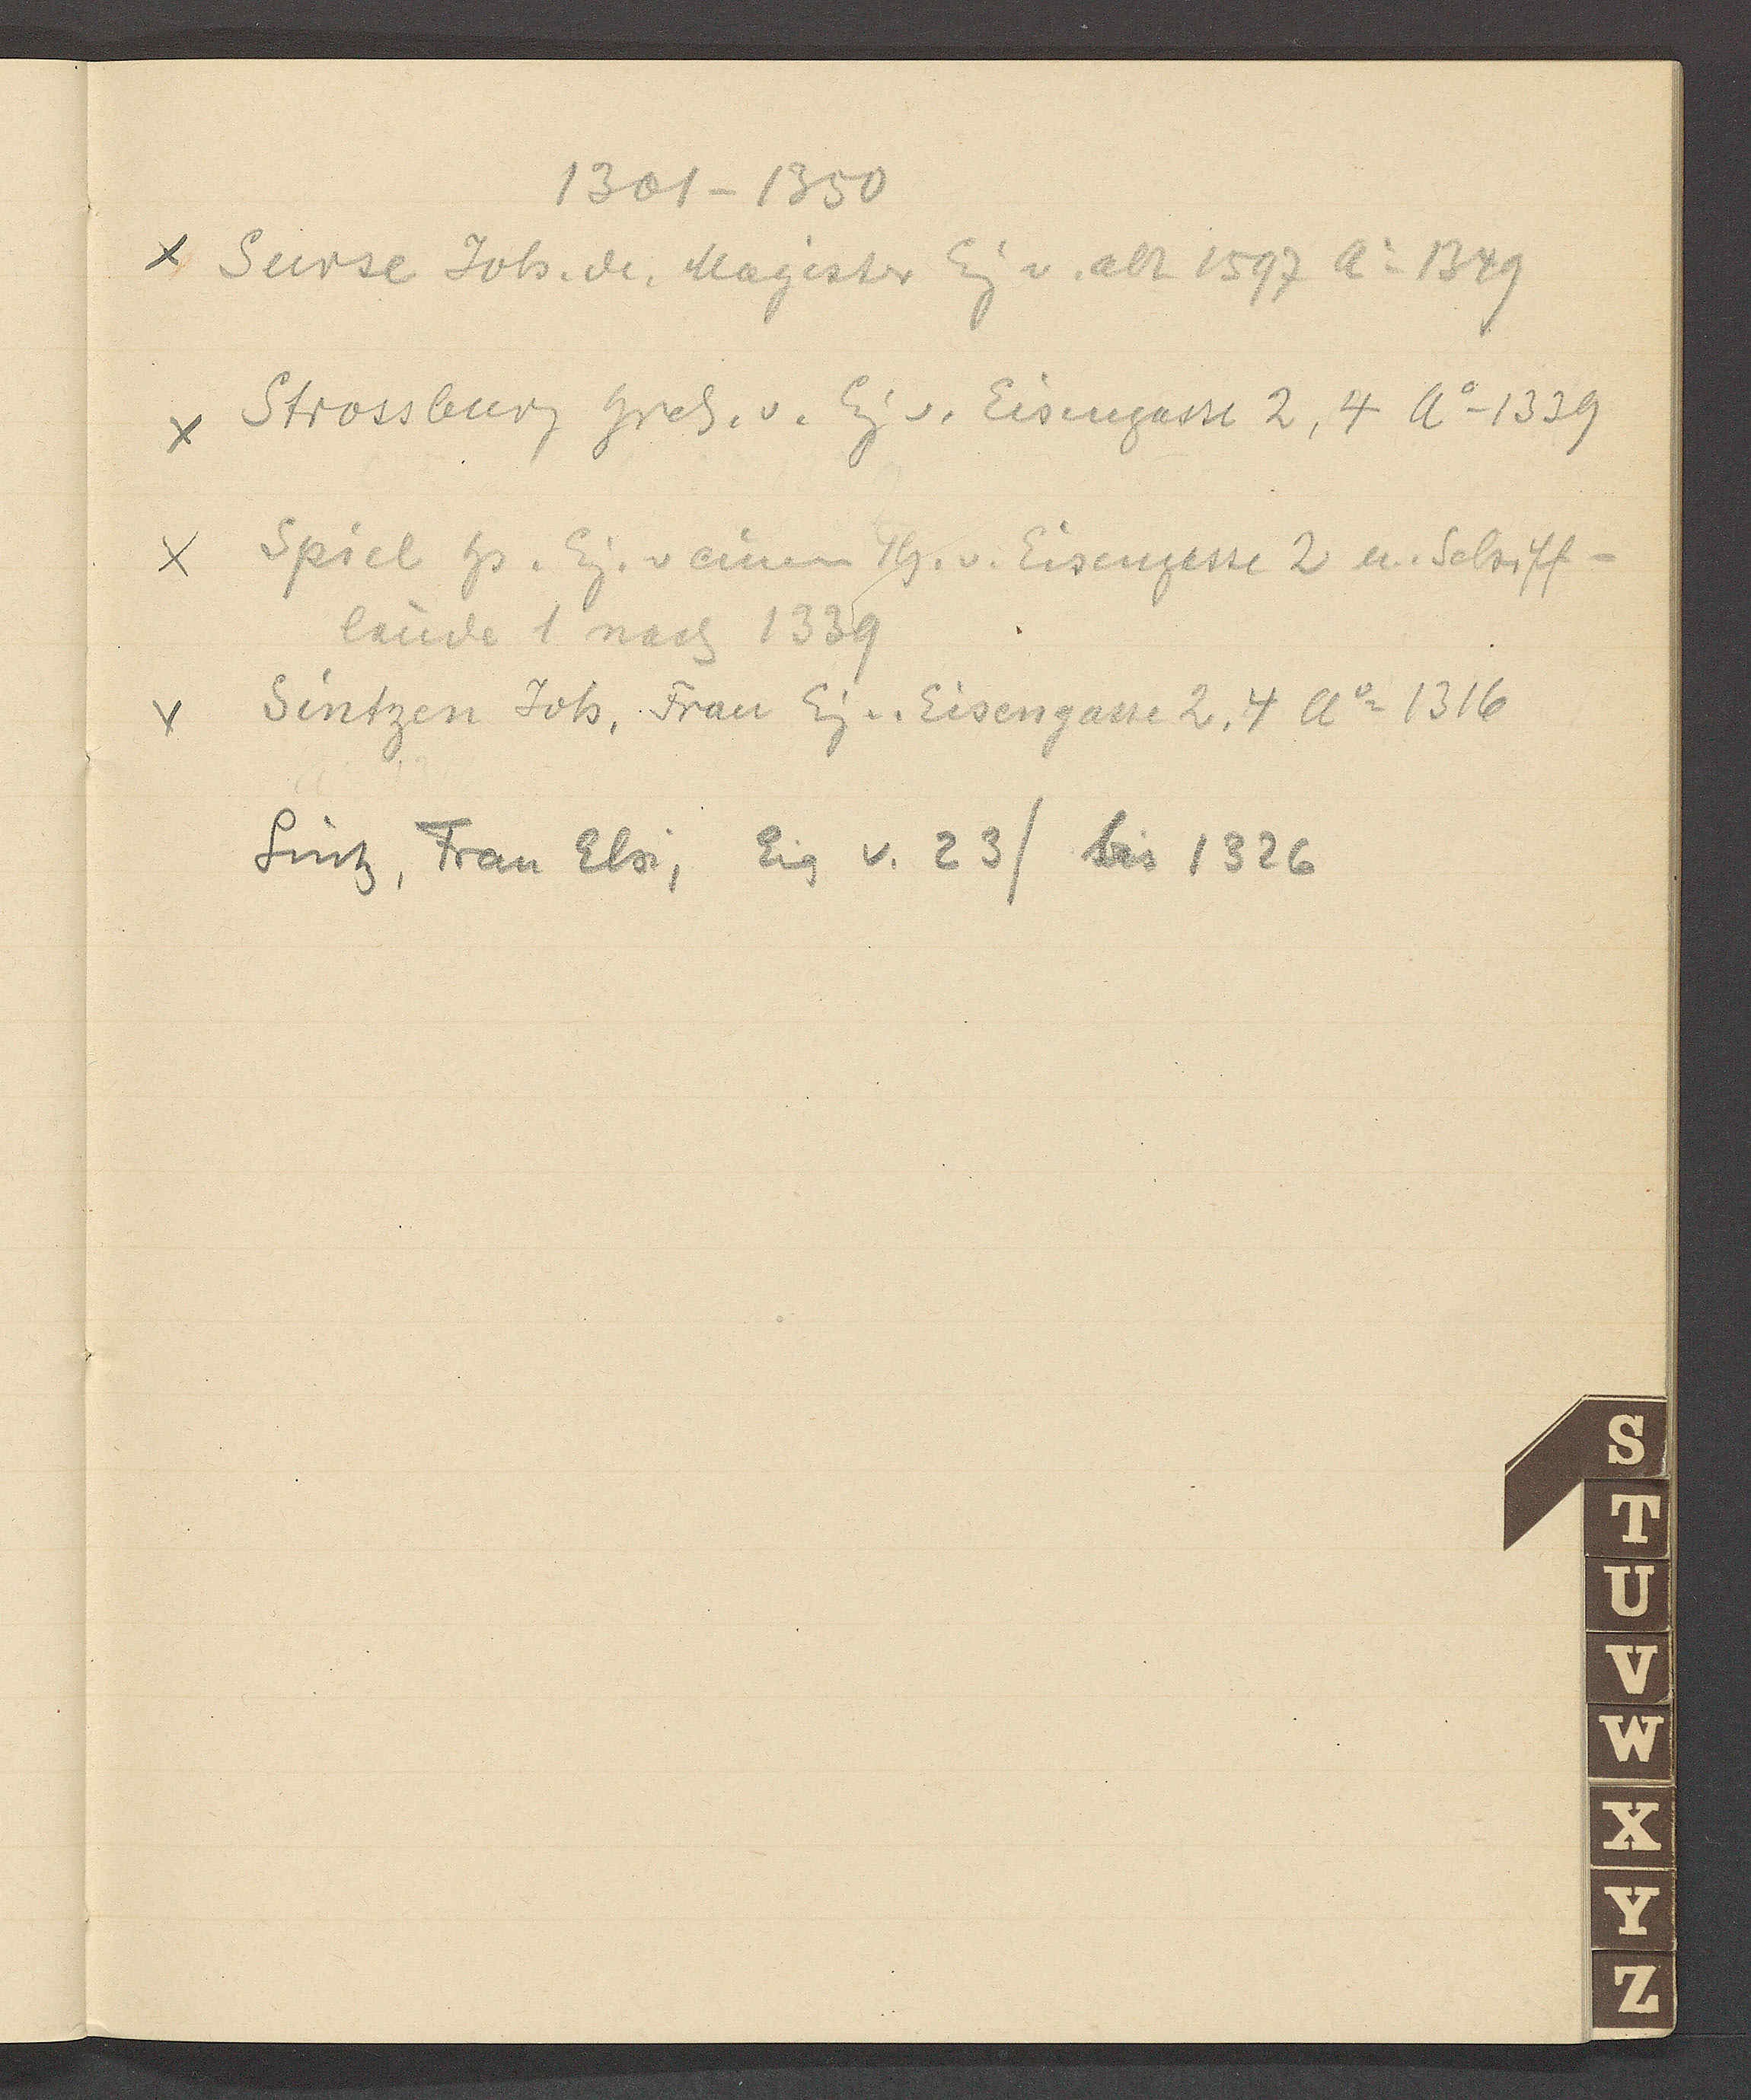
Transcript:
1301 – 1350
Surse Joh. de. Magister Eig v. alt 1597 Ao 1349
Strossburg Hrch. v. Eig v. Eisengasse 2, 4 Ao 1329
Spiel Hs. Eig. v einem Th. v. Eisengasse 2 u. Schiff-
lände 1 nach 1339
Sintzen Joh, Frau Eig v. Eisengasse 2, 4 Ao 1316
Sinz, Frau Elsi, Eig v. 23/ bis 1326